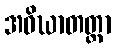
အဝိဃာတတ္တာ